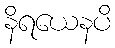
နိရယေနပိ